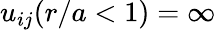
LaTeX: u_{ij}(r/a<1)=\infty